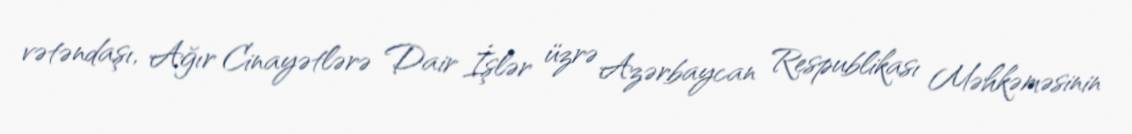
vətəndaşı, Ağır Cinayətlərə Dair İşlər üzrə Azərbaycan Respublikası Məhkəməsinin